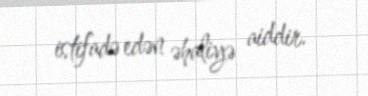
istifadə edən əhaliyə aiddir.